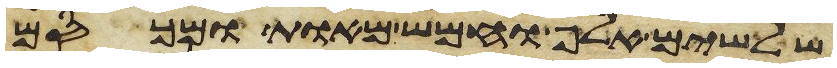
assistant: שלשים אלף וחמש מאות ומכסם